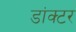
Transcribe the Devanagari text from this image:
डांक्टर